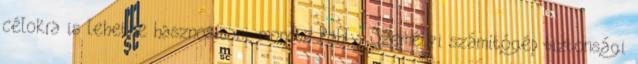
célokra is lehetne hasznosítani, mondta Pohly. Személyi számítógép biztonsági